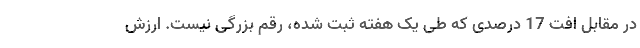
در مقابل افت 17 درصدی که طی یک هفته ثبت شده، رقم بزرگی نیست. ارزش